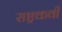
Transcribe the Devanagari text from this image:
राष्ट्रकवी